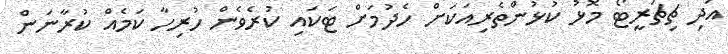
އަދި ޗިޗަރީޓޯ މޮޅު ކުޅުންތެރިއަކަށް ހެދުމަށް ޓަކައި ކުރެވެން ހުރިހާ ކަމެއް ކުރާނަން